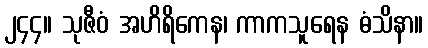
၂၄၄။ သုဇီဝံ အဟိရိကေန၊ ကာကသူရေန ဓံသိနာ။